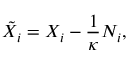
\tilde { X } _ { i } = X _ { i } - \frac 1 \kappa N _ { i } ,